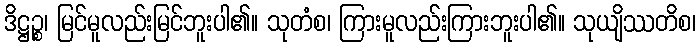
ဒိဋ္ဌဉ္စ၊ မြင်မူလည်းမြင်ဘူးပါ၏။ သုတံစ၊ ကြားမူလည်းကြားဘူးပါ၏။ သုယျိဿတိစ၊